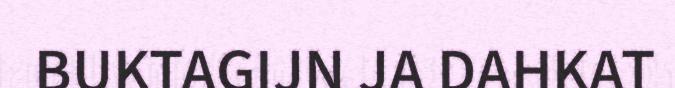
BUKTAGIJN JA DAHKAT